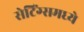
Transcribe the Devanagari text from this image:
सेटिंग्समध्ये